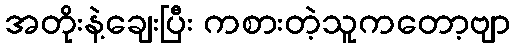
အတိုးနဲ့ချေးပြီး ကစားတဲ့သူကတော့ဗျာ